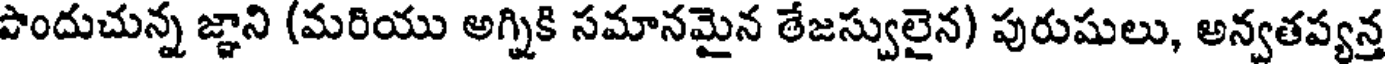
పొందుచున్న జ్ఞాని (మరియు అగ్నికి సమానమైన ఠేజస్వులైన) పురుషులు, అన్వతప్యన్త